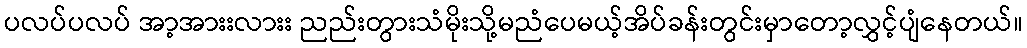
ပလပ်ပလပ် အာ့အားးလားး ညည်းတွားသံမိုးသို့မညံပေမယ့်အိပ်ခန်းတွင်းမှာတော့လွှင့်ပျံနေတယ်။